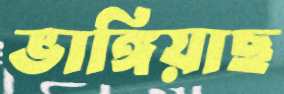
ভাঙ্গিয়াছ